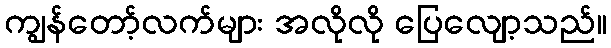
ကျွန်တော့်လက်များ အလိုလို ပြေလျော့သည်။